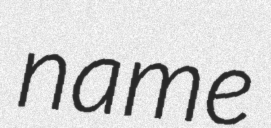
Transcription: name